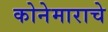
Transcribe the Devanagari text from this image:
कोनेमाराचे